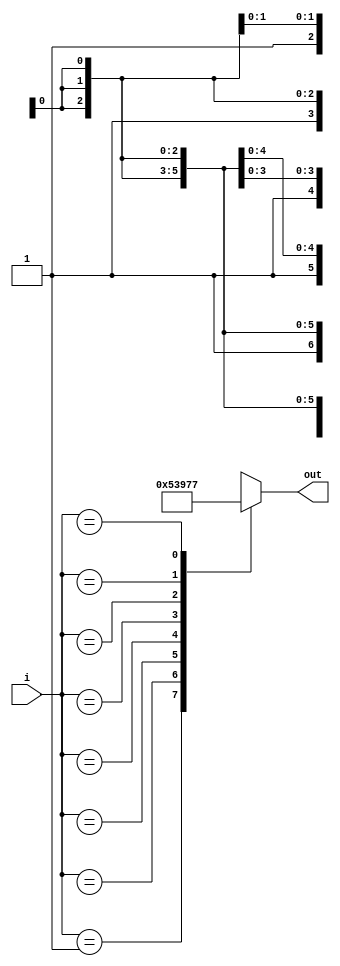
module Priority_encoder_(i,out);
input [7:0] i;
output reg[2:0] out;
always@(*)
case(i)
8'b00000001:out=3'b000;
8'b0000001x:out=3'b001;
8'b000001xx:out=3'b010;
8'b00001xxx:out=3'b011;
8'b0001xxxx:out=3'b100;
8'b001xxxxx:out=3'b101;
8'b01xxxxxx:out=3'b110;
8'b1xxxxxxx:out=3'b111; 
default: out=3'bxxx;
endcase
endmodule